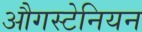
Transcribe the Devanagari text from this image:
औगस्टेनियन